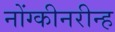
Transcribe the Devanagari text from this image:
नोंग्कीनरीन्ह